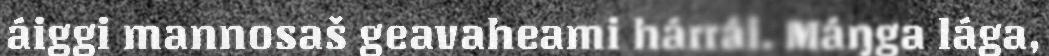
áiggi mannosaš geavaheami hárrái. Máŋga lága,